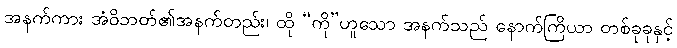
အနက်ကား အံဝိဘတ်၏အနက်တည်း၊ ထို “ကို”ဟူသော အနက်သည် နောက်ကြိယာ တစ်ခုခုနှင့်